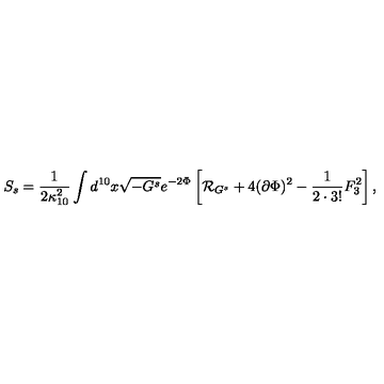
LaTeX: S _ { s } = { \frac { 1 } { 2 \kappa _ { 1 0 } ^ { 2 } } } \int d ^ { 1 0 } x \sqrt { - G ^ { s } } e ^ { - 2 \Phi } \left[ { \cal R } _ { G ^ { s } } + 4 ( \partial \Phi ) ^ { 2 } - { \frac { 1 } { 2 \cdot 3 ! } } F _ { 3 } ^ { 2 } \right] ,